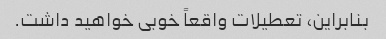
بنابراین، تعطیلات واقعاً خوبی خواهید داشت.